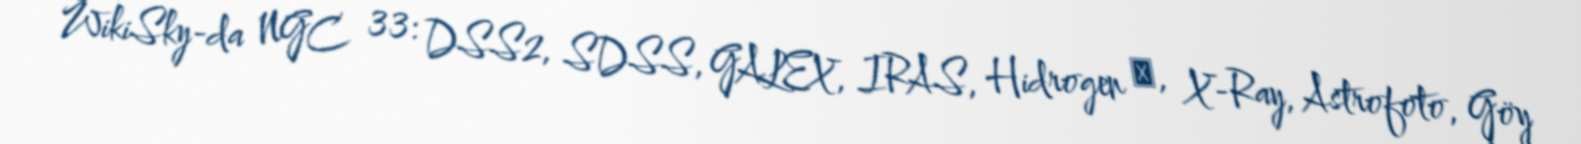
WikiSky-da NGC 33: DSS2, SDSS, GALEX, IRAS, Hidrogen α, X-Ray, Astrofoto, Göy